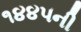
૧૪૪૫ની